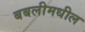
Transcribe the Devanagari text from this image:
बबलीमधील